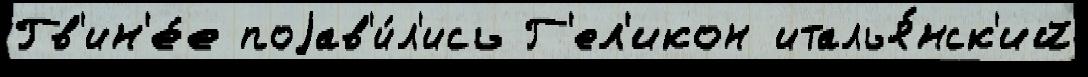
Гв'ин'е́е поjав'и́л'ись Г'ел'икон италья́нск'ий